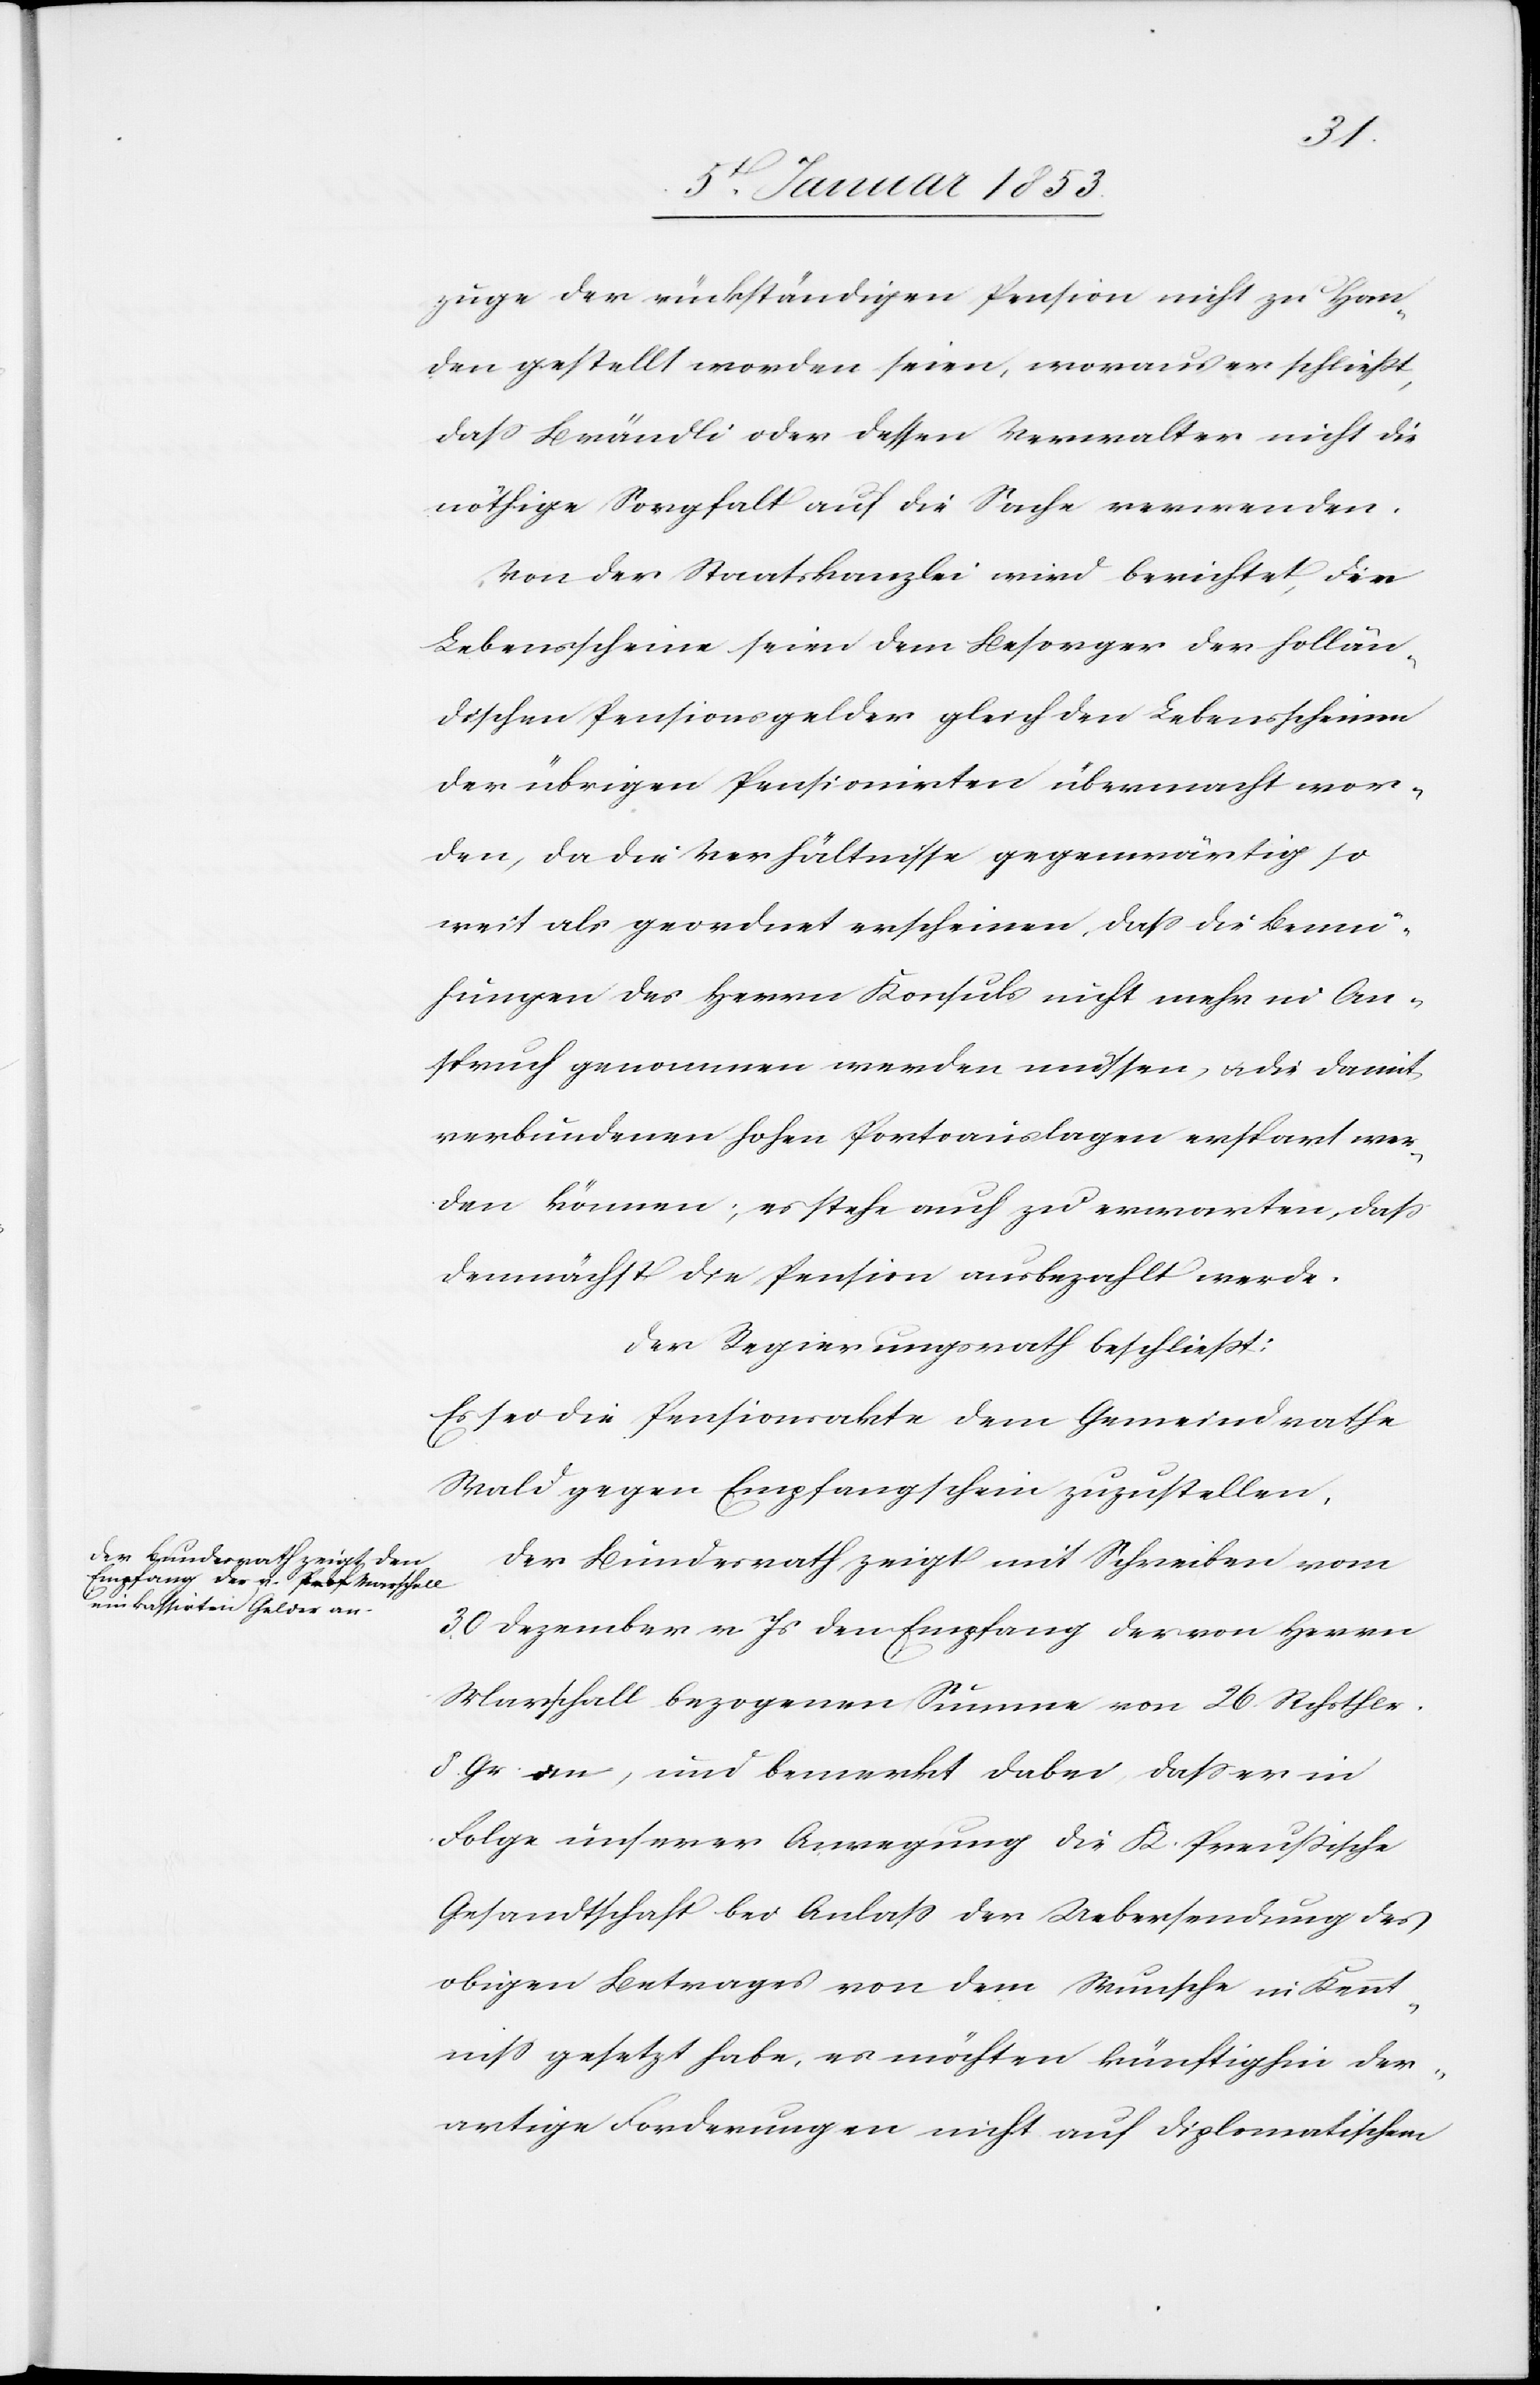
zuge der rückständigen Pension nicht zu Han¬
den gestellt worden seien, woraus er schliesst,
dass Brändli oder dessen Verwalter nicht die
nöthige Sorgfalt auf die Sache verwenden.
Von der Staatskanzlei wird berichtet, die
Lebensscheine seien dem Besorger der hollän¬
dischen Pensionsgelder gleich der Lebensscheine
der übrigen Pensionirten übermacht wor¬
den, da die Verhältnisse gegenwärtig so
weit als geordnet erscheinen, dass die Bemü¬
hungen des Herrn Konsuls nicht mehr in An¬
spruch genommen werden müssen, u. die damit
verbundenen hohen Portoauslagen erspart wer¬
den können, es stehe auch zu erwarten, dass
demnächst die Pension ausbezahlt werde.
Der Regierungsrath beschliesst:
Es sei die Pensionsakte dem Gemeindrathe
Wald gegen Empfangsschein zuzustellen.
Der Bundesrath zeigt mit Schreiben vom
30 Dezember v. Js. den Empfang der von Herrn
Marschall bezogenenen Summe vom 26 Rchstler.
8 Gr. an, und bemerkt dabei dass er in
Folge unserer Anregung die K. französische
Gesandtschaft bei Anlass der Uebersendung des
obigen Betrages von dem Wunsche in Kennt¬
niss gesetzt habe, es möchten künftighin der¬
artige Forderungen nicht auf diplomatischem